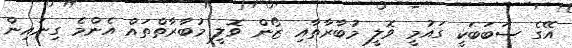
އޭގެ ސަބަބަކީ ގައުމީ ވޮލީ މުބާރާތާއި ޒޯން ވޮލީ މުބާރާތްތައް އެންމެ ގިނައިން